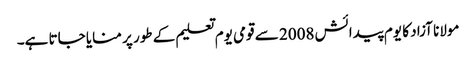
مولانا آزاد کا یوم پیدائش 2008 سے قومی یوم تعلیم کے طور پر منایا جاتا ہے۔